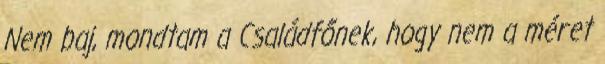
Nem baj, mondtam a Családfőnek, hogy nem a méret